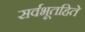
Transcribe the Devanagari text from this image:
सर्वभूतहिते